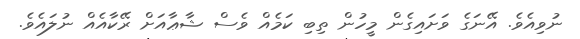
ނުވިއެވެ. އޭނަގެ ވަށައިގެން މީހުން ތިބި ކަމެއް ވެސް ޝާޢާއަށް ރޭކާއެއް ނުލައެވެ.